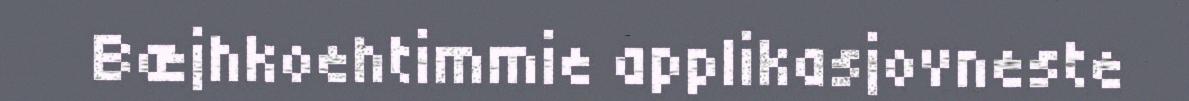
Bæjhkoehtimmie applikasjovneste